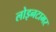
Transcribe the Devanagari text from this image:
लोइनटामर